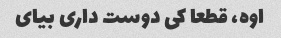
اوه، قطعا کی دوست داری بیای